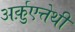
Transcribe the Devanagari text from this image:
अर्क़ुएत्तेथी